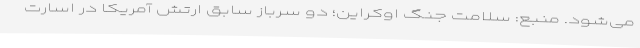
می‌شود. منبع: سلامت جنگ اوکراین؛ دو سرباز سابق ارتش آمریکا در اسارت